Mental hospitals Bombay report 1929-33 - 1929-1933
Year: 1929
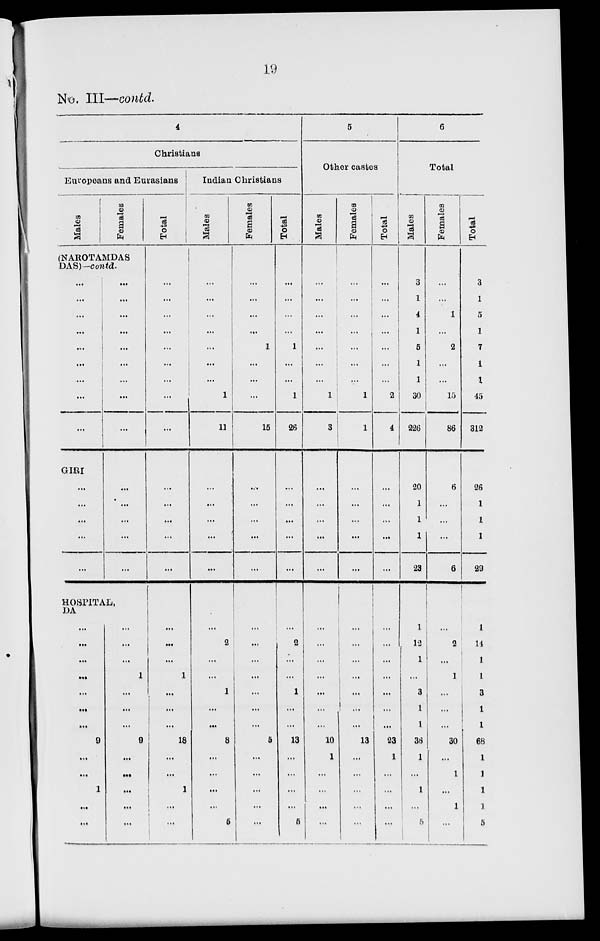
19
No. III—contd.
4
Christians
Europeans and Eurasians
Males
Females
(NAROTAMDAS
DAS)—contd.
...
...
...
...
...
...
...
...
...
GIRI
...
...
...
...
...
...
...
...
...
...
...
...
...
...
...
...
...
...
...
HOSPITAL,
DA
...
...
...
...
...
...
...
9
...
...
1
...
...
...
...
...
1
...
...
...
9
...
...
...
...
...
Total
...
...
...
...
...
...
...
...
...
...
...
...
...
...
...
...
...
1
...
...
...
18
...
...
1
...
...
Indian Christians
Males
...
...
...
...
...
...
...
1
11
...
...
...
...
...
...
2
...
...
1
...
...
8
...
...
...
...
5
Females
...
...
...
...
1
...
...
...
15
...
...
...
...
...
...
...
...
...
...
...
...
5
...
...
...
...
...
Total
...
...
...
...
1
...
...
1
26
...
...
...
...
...
...
2
...
...
1
...
...
13
...
...
...
...
5
5
Other castes
Males
...
...
...
...
...
...
...
1
3
...
...
...
...
...
...
...
...
...
...
...
...
10
1
...
...
...
...
Females
...
...
...
...
...
...
...
1
1
...
...
...
...
...
...
...
...
...
...
...
...
13
...
...
...
...
...
Total
...
...
...
...
...
...
2
4
...
...
...
...
...
...
...
...
...
...
...
...
23
1
...
...
...
...
6
Total
Males
3
1
4
1
5
1
1
30
226
20
1
1
1
23
1
12
1
...
3
1
1
38
1
...
1
...
5
Females
...
...
1
...
2
...
...
15
86
6
...
...
...
6
...
2
...
1
...
...
...
30
...
1
...
1
...
Total
3
1
5
1
7
1
1
45
312
26
1
1
1
29
14
1
1
3
1
1
68
1
1
1
1
5